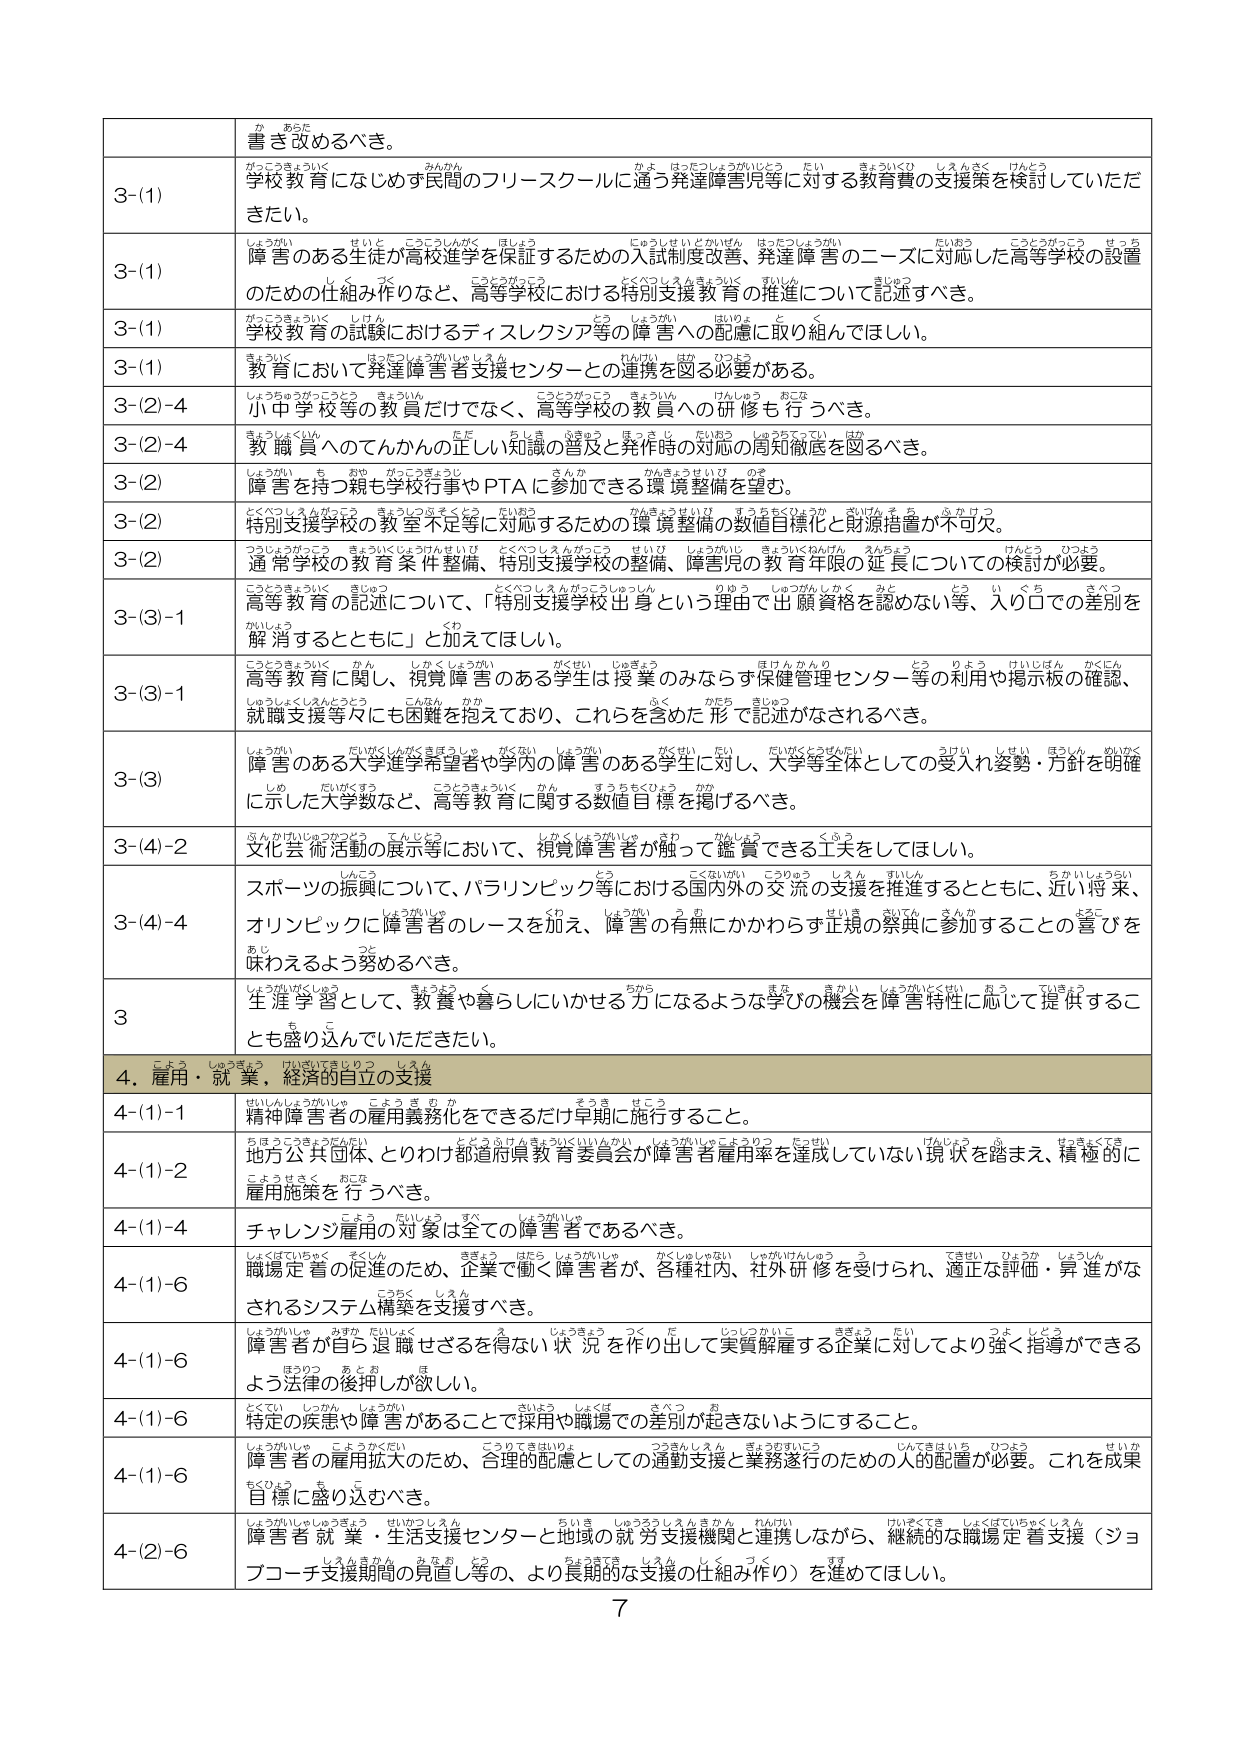
か あらた
書き改めるべき。

3-(1)
がっこうきょういく みんかん かよ はったつしょうがいじどう だい きょういくひ しえんさく けんとう
学校教育にふじゅす民間のフリースクールに通う発達障害児等に対する教育費の支援策を検討していただきたい。

3-(1)
しえんがい せいじ こうとういんがく ほじょう じゅうしせいとかいせん はったつしょうがい だいあう こうとうがっこう せっち
障害のある生徒が高校進学を保証するための入試制度改善、発達障害のニーズに対応した高等学校の設置
しく つく こうとうがっこう とくべつしえんきょういく すいしん きじゅつ
のための仕組み作りなど、高等学校における特別支援教育の推進について記述すべき。

3-(1)
がっこうきょういく しけん とう しえんがい はいりょ と く
学校教育の試験におけるディスレクシア等の障害への配慮に取り組んでほしい。

3-(1)
きょういく はったつしょうがいじゅうえん たいけい けつ つうそう
教育において発達障害者支援センターとの連携を図る必要がある。

3-(2)-4
しょうちゅうがっこう きょういくいん こうとうがっこう きょういくいん けんしゅう おこな
小中学校等の教員だけでなく、高等学校の教員への研修も行うべき。

3-(2)-4
きょういくいん ただ ちしょ かきょう ほっさし だいあう しあつちつてい はか
教職員へのてんかんの正しい知識の普及と発作時の対応の周知徹底を図るべき。

3-(2)
しえんがい ち おや がっこうきょういく さんか かんきょうせいひ ひょうか
障害を持つ親も学校行事やPTAに参加できる環境整備を望む。

3-(2)
とくべつしえんがっこう きょういくいん とくべつしえんがっこう せいひ しえんがい きょういくねんげん えんちょう けんとう ひつよう
特別支援学校の教室不足等に対応するための環境整備の数値目標化と財源措置が不可欠。

3-(2)
つうじょうがっこう きょういくじょうけんせいひ とくべつしえんがっこう せいひ しえんがい きょういくねんげん えんちょう けんとう ひつよう
通常学校の教育条件整備、特別支援学校の整備、障害児の教育年限の延長についての検討が必要。

3-(3)-1
こうとうきょういく きじゅつ とくべつしえんがっこうしゅっしん りゆう しゅつがんしかく みと とう い くち さべつ かいしゅう
高等教育の記述について、「特別支援学校出身という理由で出願資格を認めない等、入り口での差別を解消するとともに」と加えてほしい。

3-(3)-1
こうとうきょういく かん しかくじょうがい がくせい じゅぎょう ほけんかんり とう りよう けいじはん かくにん
高等教育に関し、視覚障害のある学生は授業のみならず保健管理センター等の利用や掲示板の確認、
しゅうしくしえんどう こんかん かか ふく かだち きじゅつ
就職支援等々にも困難を抱えており、これらを含めた形で記述がなされるべき。

3-(3)
しえんがい だいがくしがくきぼうしゃ がくない しょがい がくせい だい だいがくとうがくだい うけい しせい ほしん めいかく
障害のある大学進学希望者や学内に障害のある学生に対し、大学等全体としての受入れ姿勢・方針を明確
しめ だいがくすう こうとうきょういく かん すうちをくわえ かか
に示した大学数など、高等教育に関する数値目標を掲げるべき。

3-(4)-2
ぶんか かげいじゅつかつどう てんじょう しかくじょうがいしゃ きわ かんじょう くふう
文化芸術活動の展示等において、視覚障害者が触って鑑賞できる工夫をしてほしい。

3-(4)-4
スポーツの振興について、パラリンピック等における国内外の交流の支援を推進するとともに、近い将来、
しゅうがいじゅう くわ しゅうがい つ か せいき さいてん さんか ちこ
オリンピックに障害者のレースを加え、障害の有無にかかわらず正規の祭典に参加することの喜びを
あじ つと
味わえるよう努めるべき。

3
しゅうがいがくしゅう きょうよう く ちから まな きかい しゅうがいとくせい ねら ていきょう
生涯学習として、教養や暮らしにいかせる力になるような学びの機会を障害特性に応じて提供するこ
とも盛り込んでいただきたい。

4. 雇用・就業、経済的自立の支援

4-(1)-1
せいしんしえんがいしゃ こよう ぎ り そうき せこう
精神障害者の雇用義務化をできるだけ早期に施行すること。

4-(1)-2
ちほうこうき つたい とどうらけんきょういくいんかい しょがいしゃこようりつ たっせい けんしょう ふ せっきょくてき
地方公共団体、とりわけ都道府県教育委員会が障害者雇用率を達成していない現状を踏まえ、積極的に
こうてきさく あこな
雇用施策を行うべき。

4-(1)-4
ちょう だいしょう すへ しえんがいしゃ
チャレンジ雇用の対象は全ての障害者であるべき。

4-(1)-6
しえんがいしゃ すくしん ききょう はたら しょがいしゃ かくしゅしゃない しゅがいけんしゅう う てきせい ひょうか しえんしん
職場定着の促進のため、企業で働く障害者が、各種社内、社外研修を受けられ、適正な評価・昇進がな
こうつぐ しえん
されるシステム構築を支援すべき。

4-(1)-6
しえんがいしゃ みずか だいしょく え じょうきょう つく だ じっしゅうかんこ ききょう だい つよ じどう
障害者が自ら退職せざるを得ない状況を作り出して実質解雇する企業に対してより強く指導ができる
ほりつ あとお ほ
よう法律の後押しが欲しい。

4-(1)-6
とくてい しじかん しょうがい さいとう しせば きへつ お
特定の疾患や障害があることで採用や職場での差別が起きないようにすること。

4-(1)-6
しえんがいしゃ こうやかだい こうてききほいゆう つうきんしえん きょうぎすいこう じんてきはいいろ ひつよう せいか
障害者の雇用拡大のため、合理的配慮としての通勤支援と業務遂行のための人的配置が必要。これを成果
もくひょう ち こ
目標に盛り込むべき。

4-(2)-6
しえんがいしゃいゅうきょう せいかつセンター ちいき しゅうろうしえんきかん れんけい けいぞくてき しえんがいしゃいゅうきょう
障害者就業・生活支援センターと地域の就労支援機関と連携しながら、継続的な職場定着支援（ジョ
しえんきかん みなお とう ちゅうきてき しえん しく つく すす
ブコーチ支援期間の見直し等の、より長期的な支援の仕組み作り）を進めてほしい。

7